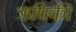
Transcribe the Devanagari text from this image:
ऋषिकी